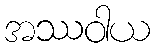
အဿဝါယ